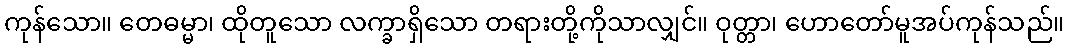
ကုန်သော။ တေဓမ္မာ၊ ထိုတူသော လက္ခာရှိသော တရားတို့ကိုသာလျှင်။ ဝုတ္တာ၊ ဟောတော်မူအပ်ကုန်သည်။